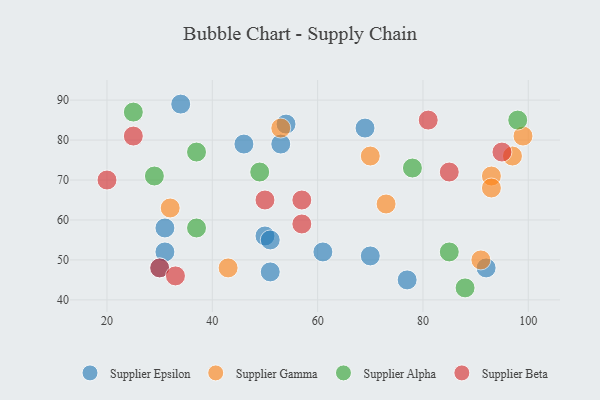
{"axis": {"x": "GDP", "y": "Life Expectancy"}, "legend": ["Supplier Alpha", "Supplier Beta", "Supplier Epsilon", "Supplier Gamma"], "data": [{"x": "50", "y": 56, "type": "Supplier Epsilon"}, {"x": "69", "y": 83, "type": "Supplier Epsilon"}, {"x": "46", "y": 79, "type": "Supplier Epsilon"}, {"x": "51", "y": 55, "type": "Supplier Epsilon"}, {"x": "31", "y": 58, "type": "Supplier Epsilon"}, {"x": "34", "y": 89, "type": "Supplier Epsilon"}, {"x": "92", "y": 48, "type": "Supplier Epsilon"}, {"x": "53", "y": 79, "type": "Supplier Epsilon"}, {"x": "61", "y": 52, "type": "Supplier Epsilon"}, {"x": "51", "y": 47, "type": "Supplier Epsilon"}, {"x": "31", "y": 52, "type": "Supplier Epsilon"}, {"x": "54", "y": 84, "type": "Supplier Epsilon"}, {"x": "30", "y": 48, "type": "Supplier Epsilon"}, {"x": "77", "y": 45, "type": "Supplier Epsilon"}, {"x": "70", "y": 51, "type": "Supplier Epsilon"}, {"x": "93", "y": 71, "type": "Supplier Gamma"}, {"x": "32", "y": 63, "type": "Supplier Gamma"}, {"x": "70", "y": 76, "type": "Supplier Gamma"}, {"x": "53", "y": 83, "type": "Supplier Gamma"}, {"x": "99", "y": 81, "type": "Supplier Gamma"}, {"x": "73", "y": 64, "type": "Supplier Gamma"}, {"x": "43", "y": 48, "type": "Supplier Gamma"}, {"x": "97", "y": 76, "type": "Supplier Gamma"}, {"x": "91", "y": 50, "type": "Supplier Gamma"}, {"x": "93", "y": 68, "type": "Supplier Gamma"}, {"x": "37", "y": 77, "type": "Supplier Alpha"}, {"x": "49", "y": 72, "type": "Supplier Alpha"}, {"x": "29", "y": 71, "type": "Supplier Alpha"}, {"x": "25", "y": 87, "type": "Supplier Alpha"}, {"x": "85", "y": 52, "type": "Supplier Alpha"}, {"x": "78", "y": 73, "type": "Supplier Alpha"}, {"x": "37", "y": 58, "type": "Supplier Alpha"}, {"x": "88", "y": 43, "type": "Supplier Alpha"}, {"x": "98", "y": 85, "type": "Supplier Alpha"}, {"x": "85", "y": 72, "type": "Supplier Beta"}, {"x": "95", "y": 77, "type": "Supplier Beta"}, {"x": "30", "y": 48, "type": "Supplier Beta"}, {"x": "81", "y": 85, "type": "Supplier Beta"}, {"x": "57", "y": 59, "type": "Supplier Beta"}, {"x": "57", "y": 65, "type": "Supplier Beta"}, {"x": "25", "y": 81, "type": "Supplier Beta"}, {"x": "33", "y": 46, "type": "Supplier Beta"}, {"x": "50", "y": 65, "type": "Supplier Beta"}, {"x": "20", "y": 70, "type": "Supplier Beta"}]}